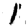
Digit: 1